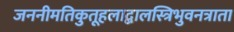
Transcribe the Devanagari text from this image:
जननीमतिकुतूहलाद्बालस्त्रिभुवनत्राता